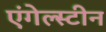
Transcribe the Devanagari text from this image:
एंगेल्स्टीन